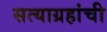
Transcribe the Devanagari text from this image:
सत्याग्रहांची